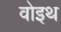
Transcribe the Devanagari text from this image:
वोइथ